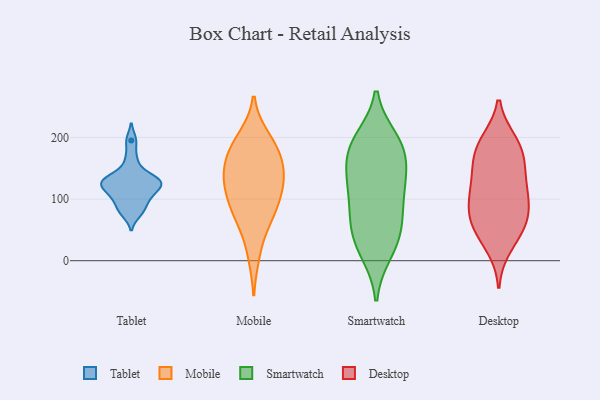
{"axis": {"x": "Headcount", "y": "Value"}, "legend": ["Desktop", "Mobile", "Smartwatch", "Tablet"], "data": [{"x": "", "y": 126, "type": "Tablet"}, {"x": "", "y": 107, "type": "Tablet"}, {"x": "", "y": 111, "type": "Tablet"}, {"x": "", "y": 119, "type": "Tablet"}, {"x": "", "y": 77, "type": "Tablet"}, {"x": "", "y": 164, "type": "Tablet"}, {"x": "", "y": 132, "type": "Tablet"}, {"x": "", "y": 138, "type": "Tablet"}, {"x": "", "y": 96, "type": "Tablet"}, {"x": "", "y": 127, "type": "Tablet"}, {"x": "", "y": 83, "type": "Tablet"}, {"x": "", "y": 130, "type": "Tablet"}, {"x": "", "y": 195, "type": "Tablet"}, {"x": "", "y": 173, "type": "Mobile"}, {"x": "", "y": 126, "type": "Mobile"}, {"x": "", "y": 67, "type": "Mobile"}, {"x": "", "y": 146, "type": "Mobile"}, {"x": "", "y": 70, "type": "Mobile"}, {"x": "", "y": 11, "type": "Mobile"}, {"x": "", "y": 199, "type": "Mobile"}, {"x": "", "y": 100, "type": "Mobile"}, {"x": "", "y": 119, "type": "Mobile"}, {"x": "", "y": 144, "type": "Mobile"}, {"x": "", "y": 84, "type": "Mobile"}, {"x": "", "y": 135, "type": "Mobile"}, {"x": "", "y": 187, "type": "Mobile"}, {"x": "", "y": 182, "type": "Mobile"}, {"x": "", "y": 197, "type": "Smartwatch"}, {"x": "", "y": 60, "type": "Smartwatch"}, {"x": "", "y": 144, "type": "Smartwatch"}, {"x": "", "y": 112, "type": "Smartwatch"}, {"x": "", "y": 140, "type": "Smartwatch"}, {"x": "", "y": 40, "type": "Smartwatch"}, {"x": "", "y": 57, "type": "Smartwatch"}, {"x": "", "y": 18, "type": "Smartwatch"}, {"x": "", "y": 182, "type": "Smartwatch"}, {"x": "", "y": 188, "type": "Smartwatch"}, {"x": "", "y": 13, "type": "Smartwatch"}, {"x": "", "y": 121, "type": "Smartwatch"}, {"x": "", "y": 193, "type": "Smartwatch"}, {"x": "", "y": 70, "type": "Smartwatch"}, {"x": "", "y": 106, "type": "Smartwatch"}, {"x": "", "y": 167, "type": "Smartwatch"}, {"x": "", "y": 47, "type": "Desktop"}, {"x": "", "y": 101, "type": "Desktop"}, {"x": "", "y": 54, "type": "Desktop"}, {"x": "", "y": 71, "type": "Desktop"}, {"x": "", "y": 108, "type": "Desktop"}, {"x": "", "y": 193, "type": "Desktop"}, {"x": "", "y": 190, "type": "Desktop"}, {"x": "", "y": 82, "type": "Desktop"}, {"x": "", "y": 186, "type": "Desktop"}, {"x": "", "y": 59, "type": "Desktop"}, {"x": "", "y": 138, "type": "Desktop"}, {"x": "", "y": 132, "type": "Desktop"}, {"x": "", "y": 166, "type": "Desktop"}, {"x": "", "y": 23, "type": "Desktop"}, {"x": "", "y": 160, "type": "Desktop"}, {"x": "", "y": 101, "type": "Desktop"}]}